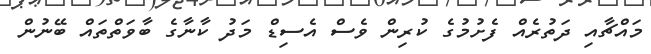
މައްޗާއި ދަތުރެއް ފެށުމުގެ ކުރިން ވެސް އެސިޑް މަދު ކާނާގެ ބާވަތްތައް ބޭނުން